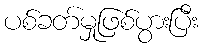
ပစ်ခတ်မှုဖြစ်ပွားပြီး